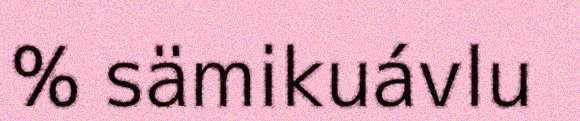
% sämikuávlu